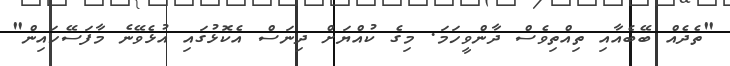
"ތެދެއް ބޭބެއާއި ތިއްތިވެސް ދާންވީހަމަ. މިގެ ކުއްޔަށް ދިނަސް އެކޮޅުގައި އުޅެވޭނެ މާފަސޭހައިން"